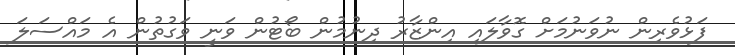
ފަޅުވެރިން ނުވަނުމަށް ގޮވާލައި އިންޒާރު ދިނުމުން ބޯޓުން ވަނީ ވަގުތުން އެ މައްސަލަ